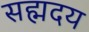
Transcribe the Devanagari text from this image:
सह्मदय